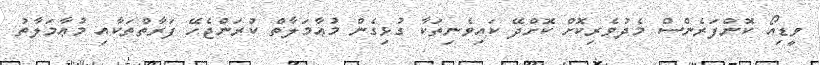
ވީޑިއޯ ކޮންފަރެންސް މެދުވެރިކޮށް ކޮށްދޭ ކައިވެނިތަކާ ގުޅިގެން މުޢާމަލާތް ކުރަންޖެހޭ ފަރާތްތަކާއި މުޢާމަލާތު